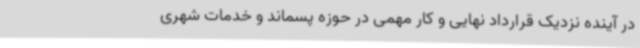
در آینده نزدیک قرارداد نهایی و کار مهمی در حوزه پسماند و خدمات شهری